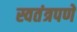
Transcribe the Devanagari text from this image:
स्वतंत्रपणें